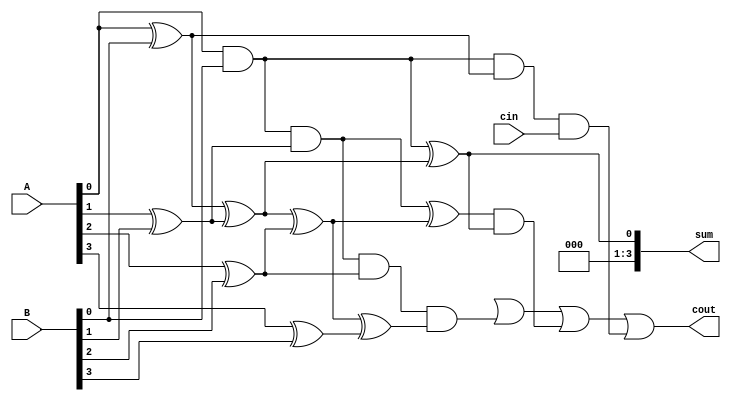
module Brent_Kung_adder(
    input [3:0] A,
    input [3:0] B,
    input cin,
    output reg [3:0] sum,
    output reg cout
);

reg [3:0] P[3:0];
reg [2:0] G[2:0];

// Generation and Propagation signals
assign G[0] = A[0] & B[0];
assign P[0] = A[0] ^ B[0];
assign G[1] = G[0] & (A[1] ^ B[1]);
assign P[1] = P[0] ^ (A[1] ^ B[1]);
assign G[2] = G[1] & (A[2] ^ B[2]);
assign P[2] = P[1] ^ (A[2] ^ B[2]);
assign G[3] = G[2] & (A[3] ^ B[3]);
assign P[3] = P[2] ^ (A[3] ^ B[3]);

// Carry and Sum calculation
always @*
begin
    sum = {G[3], G[2] ^ P[3], G[1] ^ P[2], G[0] ^ P[1]};
    cout = G[3] | (G[2] & P[3]) | ((G[1] ^ P[2]) & (G[0] ^ P[1])) | (G[0] & P[0] & cin);
end

endmodule